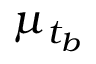
\mu _ { t _ { b } }